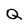
Character: Q